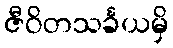
ဇီဝိတသင်္ခယမှိ